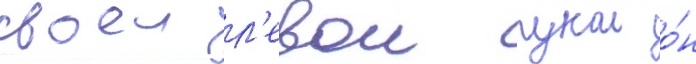
своеи л'евои рукои о́н